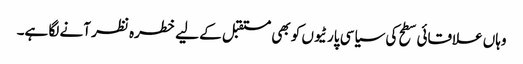
وہاں علاقائی سطح کی سیاسی پارٹیوں کو بھی مستقبل کے لیے خطرہ نظر آنے لگا ہے۔